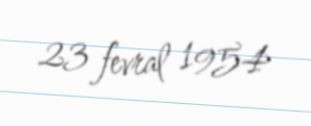
23 fevral 1954